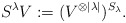
\begin{align*}S^\lambda V := (V^{\otimes |\lambda|})^{S_\lambda}.\end{align*}